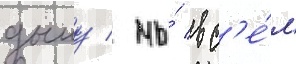
дыму / мы́ вс'е́м